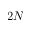
2 N